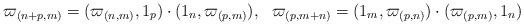
LaTeX: \begin{align*}\varpi_{(n+p,m)}&=(\varpi_{(n,m)},1_p)\cdot(1_n,\varpi_{(p,m)}),&\varpi_{(p,m+n)}&=(1_m,\varpi_{(p,n)})\cdot(\varpi_{(p,m)},1_n)\end{align*}